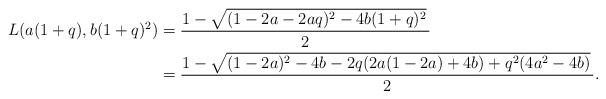
LaTeX: \begin{align*} L(a(1+q), b(1+q)^2) &= \frac{1-\sqrt{(1-2a-2aq)^2-4b(1+q)^2}\,}{2}\\ &=\frac{1-\sqrt{(1-2a)^2-4b -2q(2a(1-2a)+4b)+q^2(4a^2-4b)}\,}2. \end{align*}